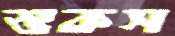
শুকস